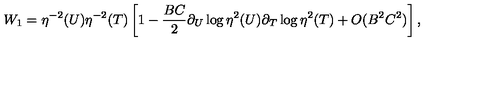
W _ { 1 } = \eta ^ { - 2 } ( U ) \eta ^ { - 2 } ( T ) \left[ 1 - \frac { B C } { 2 } \partial _ { U } \log \eta ^ { 2 } ( U ) \partial _ { T } \log \eta ^ { 2 } ( T ) + O ( B ^ { 2 } C ^ { 2 } ) \right] ,